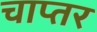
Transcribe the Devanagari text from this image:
चाप्तर